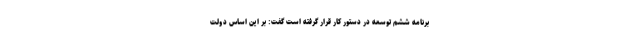
برنامه ششم توسعه در دستور کار قرار گرفته است گفت: بر این اساس دولت